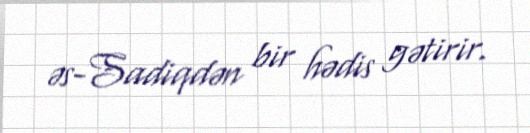
əs-Sadiqdən bir hədis gətirir.